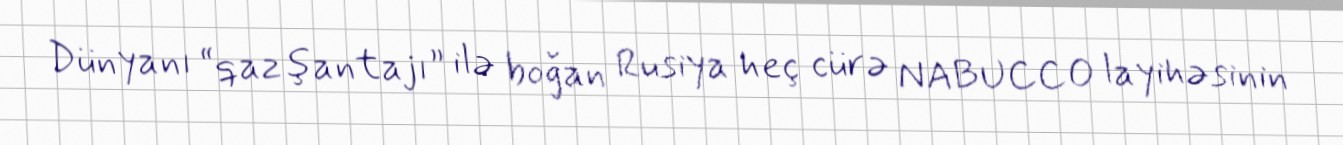
Dünyanı “qaz şantajı” ilə boğan Rusiya heç cürə NABUCCO layihəsinin